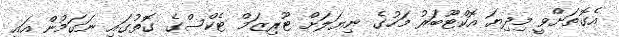
އެގޮތަށްވީ މިދިޔަ އޮކްޓޫބަރު މަހުގެ ނިޔަލަށް ޓޫރިޒަމް ޓެކްސްގެ ގޮތުގައި ނަގަމުން އައި